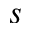
s